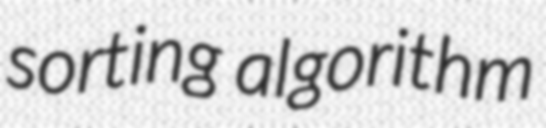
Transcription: sorting algorithm